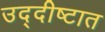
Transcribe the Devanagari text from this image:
उद्दीष्टात